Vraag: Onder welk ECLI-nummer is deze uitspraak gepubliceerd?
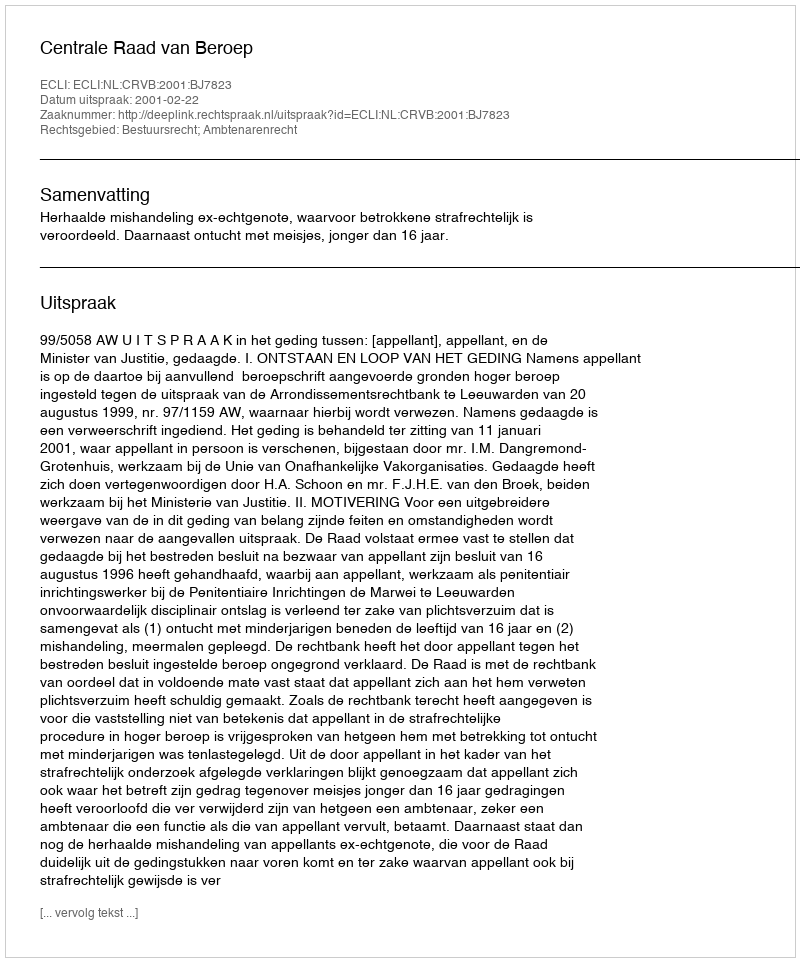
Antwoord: ECLI:NL:CRVB:2001:BJ7823